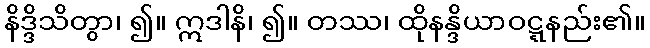
နိဒ္ဒိသိတွာ၊ ၍။ ဣဒါနိ၊ ၍။ တဿ၊ ထိုနန္ဒိယာဝဋ္ဋနည်း၏။